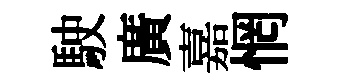
駛廣嘉惘